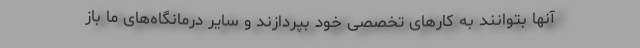
آنها بتوانند به کارهای تخصصی خود بپردازند و سایر درمانگاه‌های ما باز